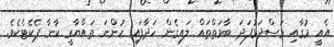
އެއީ މުގާއި މަސްދަޅުފަދަ ބާވަތްތައް ލައިގެން ހަދާފައި ހުންނަ ތައްޔާރީ ކާނާ ޕެކެޓެކެވެ.